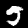
Label: 5